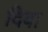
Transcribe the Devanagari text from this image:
दिबा